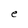
Character: e